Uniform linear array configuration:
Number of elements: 8
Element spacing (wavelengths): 1
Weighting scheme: cosine
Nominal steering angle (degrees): -45
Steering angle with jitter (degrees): -44.433
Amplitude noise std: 0.05
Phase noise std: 0.05

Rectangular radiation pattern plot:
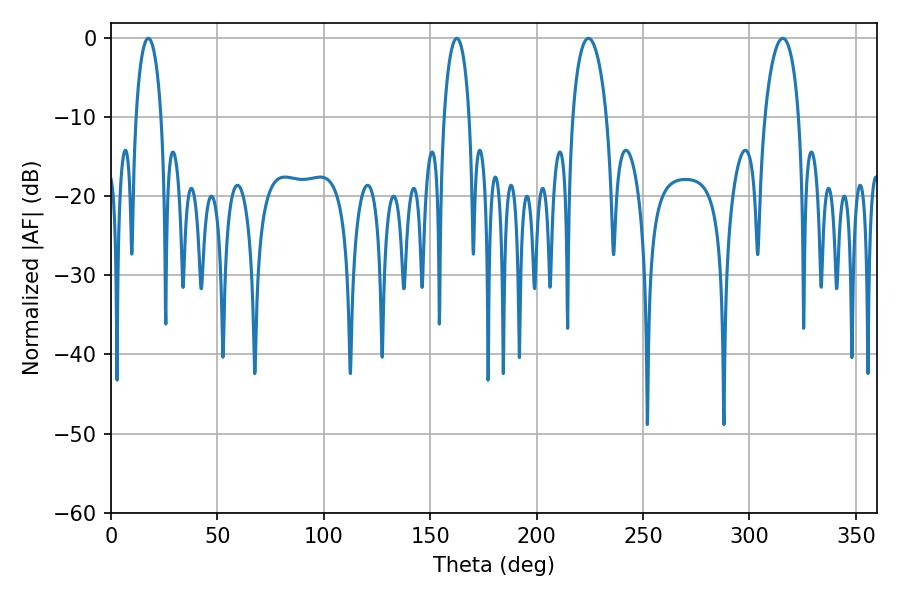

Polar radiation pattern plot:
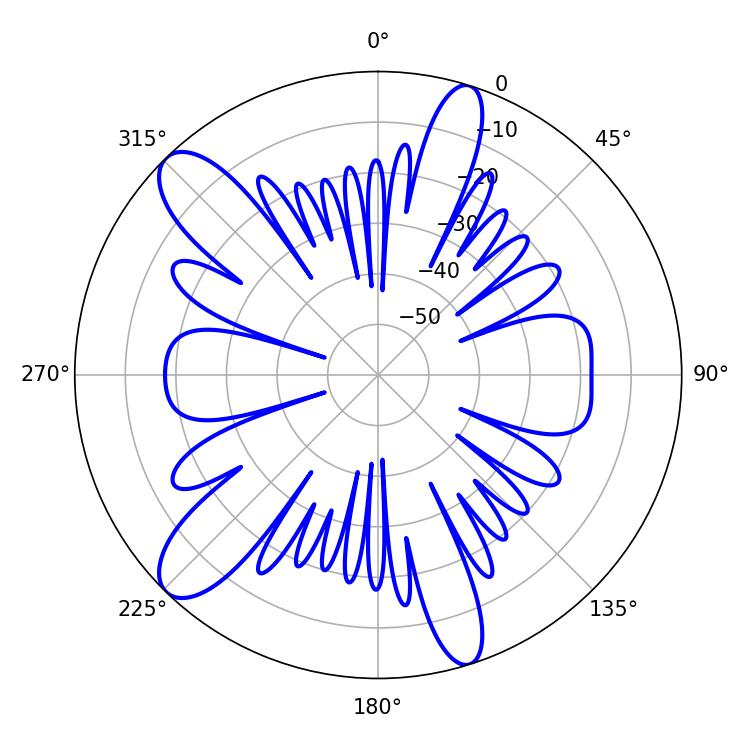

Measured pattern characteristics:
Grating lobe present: TRUE
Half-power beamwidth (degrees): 9.18
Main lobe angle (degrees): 224.28